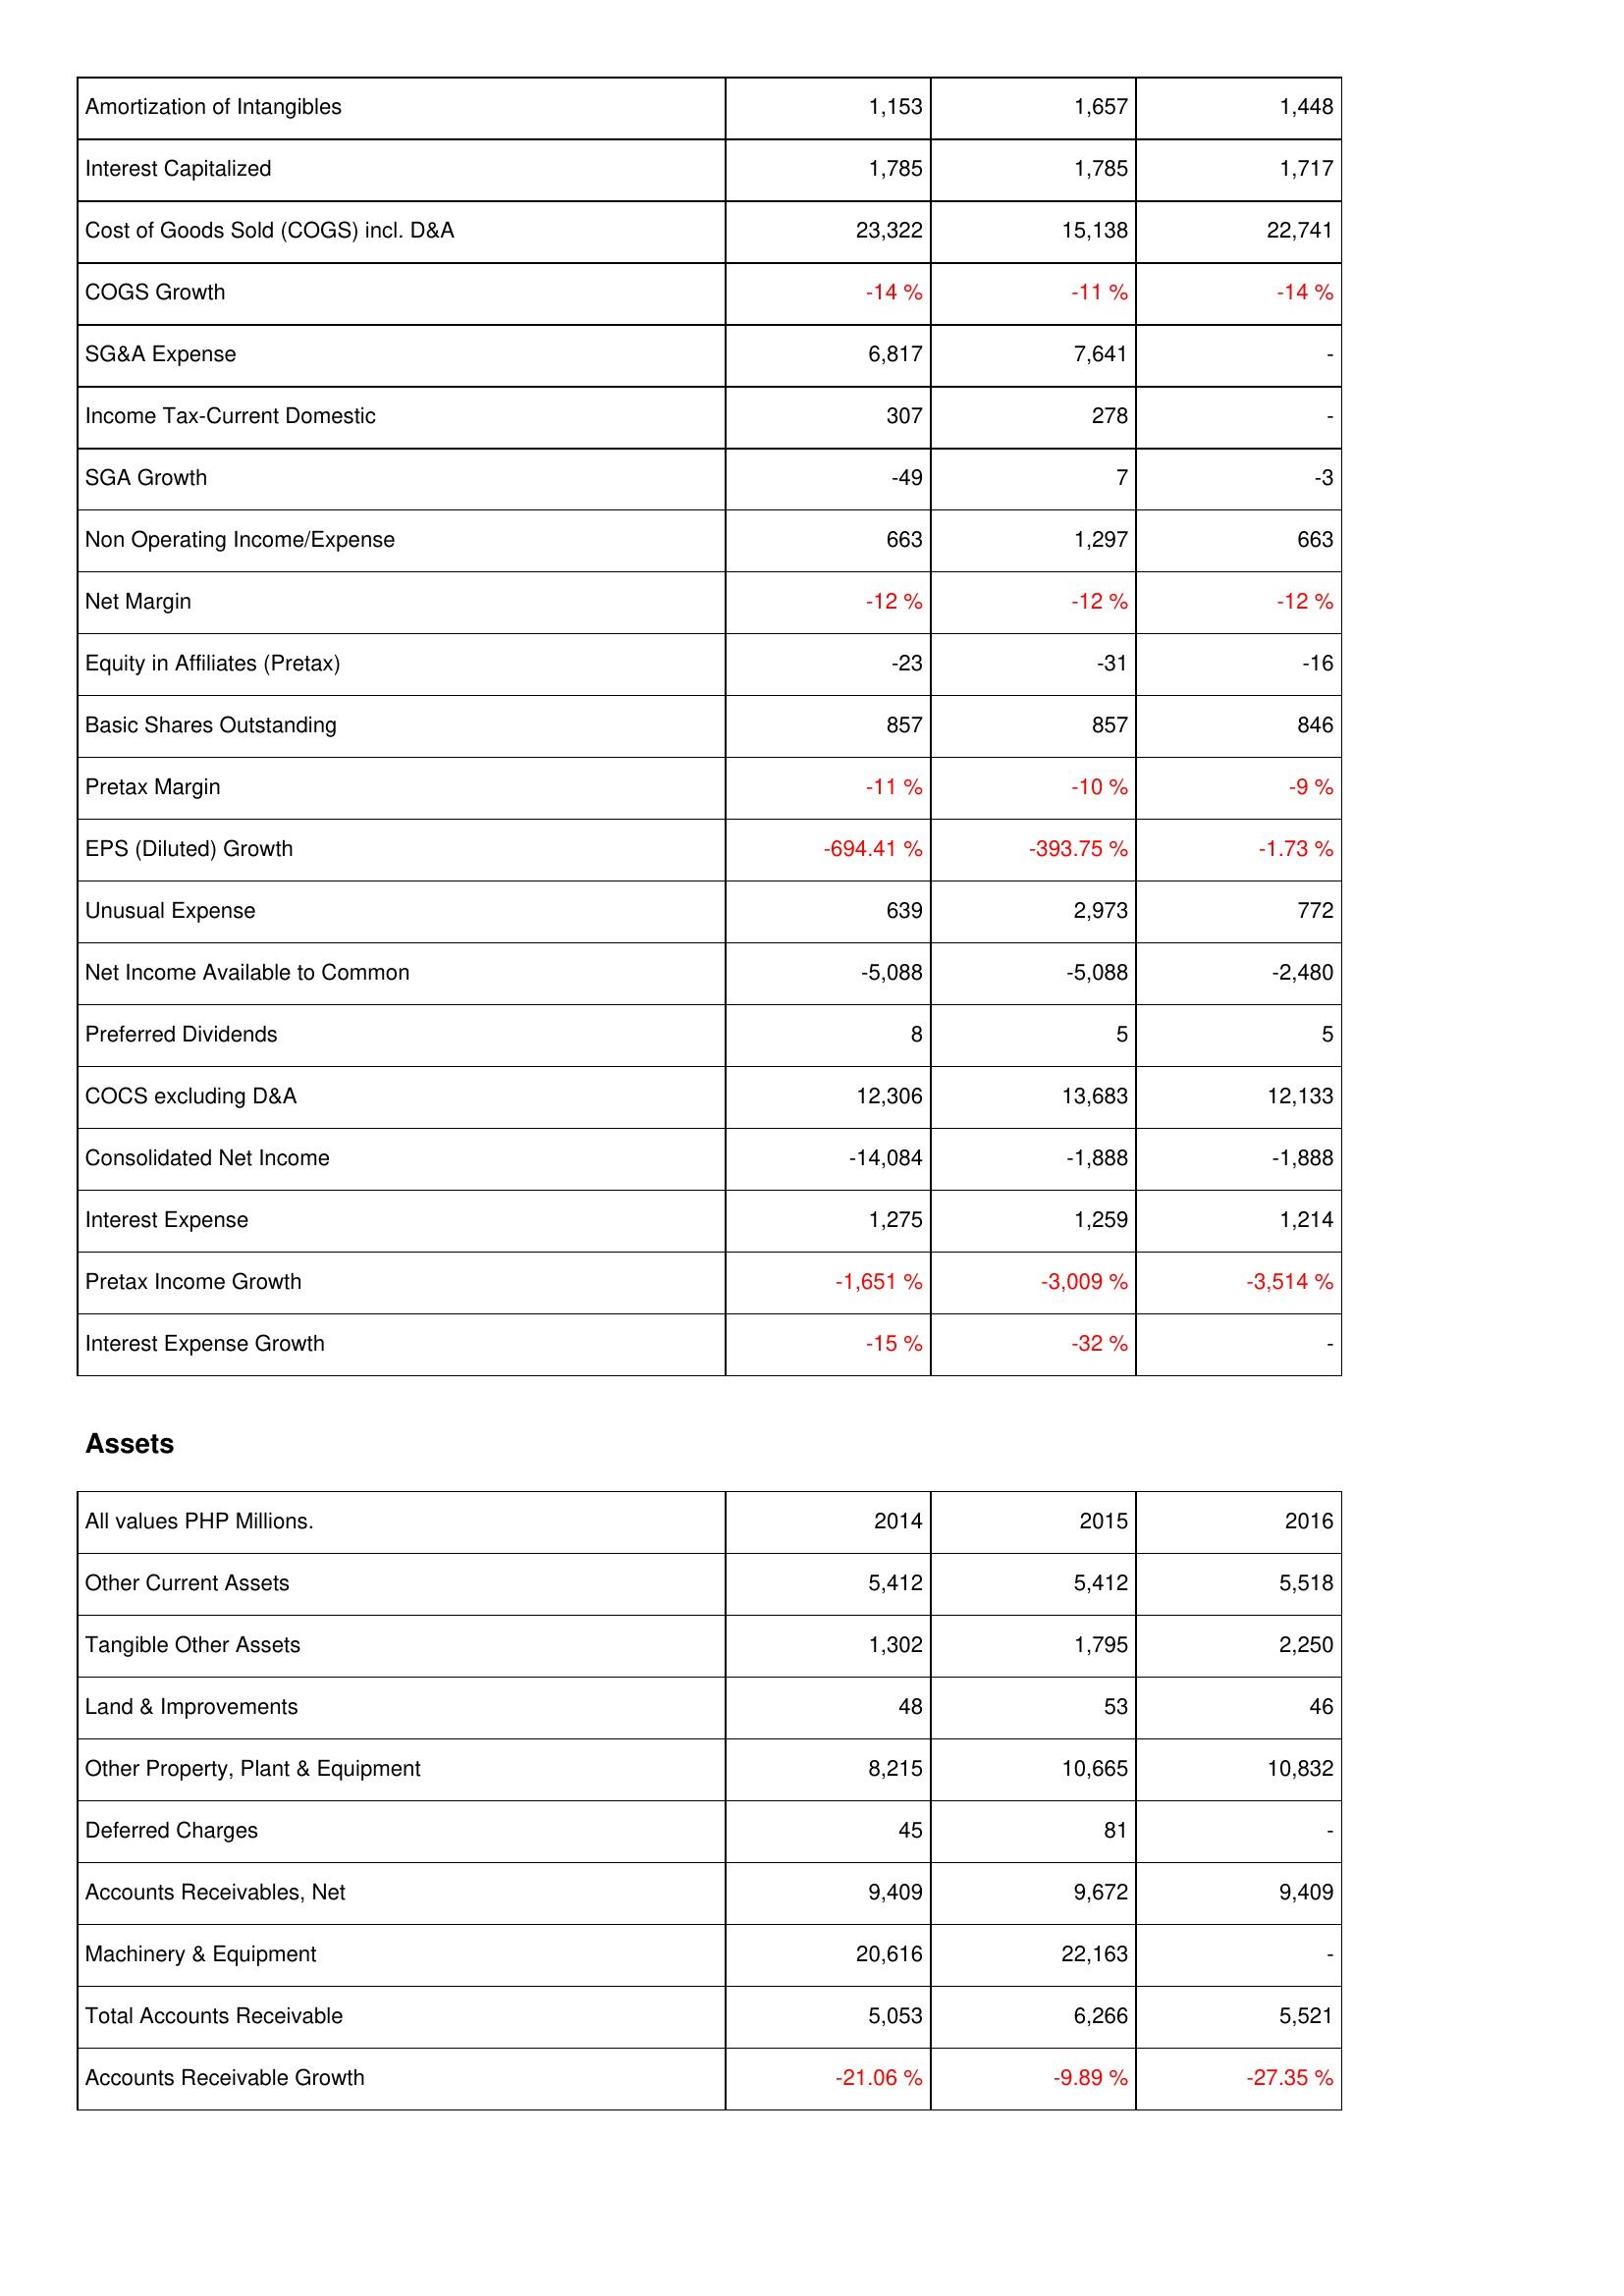
2014: Income Statement: Amortization of Intangibles: 1,153
Interest Capitalized: 1,785
Cost of Goods Sold (COGS) incl. D&A: 23,322
COGS Growth: -14 %
SG&A Expense: 6,817
Income Tax-Current Domestic: 307
SGA Growth: -49
Non Operating Income/Expense: 663
Net Margin: -12 %
Equity in Affiliates (Pretax): -23
Basic Shares Outstanding: 857
Pretax Margin: -11 %
EPS (Diluted) Growth: -694.41 %
Unusual Expense: 639
Net Income Available to Common: -5,088
Preferred Dividends: 8
COCS excluding D&A: 12,306
Consolidated Net Income: -14,084
Interest Expense: 1,275
Pretax Income Growth: -1,651 %
Interest Expense Growth: -15 %
Assets: Other Current Assets: 5,412
Tangible Other Assets: 1,302
Land & Improvements: 48
Other Property, Plant & Equipment: 8,215
Deferred Charges: 45
Accounts Receivables, Net: 9,409
Machinery & Equipment: 20,616
Total Accounts Receivable: 5,053
Accounts Receivable Growth: -21.06 %
2015: Income Statement: Amortization of Intangibles: 1,657
Interest Capitalized: 1,785
Cost of Goods Sold (COGS) incl. D&A: 15,138
COGS Growth: -11 %
SG&A Expense: 7,641
Income Tax-Current Domestic: 278
SGA Growth: 7
Non Operating Income/Expense: 1,297
Net Margin: -12 %
Equity in Affiliates (Pretax): -31
Basic Shares Outstanding: 857
Pretax Margin: -10 %
EPS (Diluted) Growth: -393.75 %
Unusual Expense: 2,973
Net Income Available to Common: -5,088
Preferred Dividends: 5
COCS excluding D&A: 13,683
Consolidated Net Income: -1,888
Interest Expense: 1,259
Pretax Income Growth: -3,009 %
Interest Expense Growth: -32 %
Assets: Other Current Assets: 5,412
Tangible Other Assets: 1,795
Land & Improvements: 53
Other Property, Plant & Equipment: 10,665
Deferred Charges: 81
Accounts Receivables, Net: 9,672
Machinery & Equipment: 22,163
Total Accounts Receivable: 6,266
Accounts Receivable Growth: -9.89 %
2016: Income Statement: Amortization of Intangibles: 1,448
Interest Capitalized: 1,717
Cost of Goods Sold (COGS) incl. D&A: 22,741
COGS Growth: -14 %
SG&A Expense: -
Income Tax-Current Domestic: -
SGA Growth: -3
Non Operating Income/Expense: 663
Net Margin: -12 %
Equity in Affiliates (Pretax): -16
Basic Shares Outstanding: 846
Pretax Margin: -9 %
EPS (Diluted) Growth: -1.73 %
Unusual Expense: 772
Net Income Available to Common: -2,480
Preferred Dividends: 5
COCS excluding D&A: 12,133
Consolidated Net Income: -1,888
Interest Expense: 1,214
Pretax Income Growth: -3,514 %
Interest Expense Growth: -
Assets: Other Current Assets: 5,518
Tangible Other Assets: 2,250
Land & Improvements: 46
Other Property, Plant & Equipment: 10,832
Deferred Charges: -
Accounts Receivables, Net: 9,409
Machinery & Equipment: -
Total Accounts Receivable: 5,521
Accounts Receivable Growth: -27.35 %